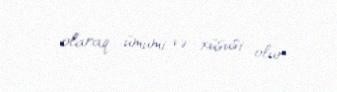
olaraq ümumi və xüsusi olur.